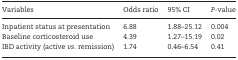
| Variables | Odds ratio | 95% CI | P-value |
 | --- | --- | --- | --- |
 | Inpatient status at presentation | 6.88 | 1.88–25.12 | 0.004 |
 | Baseline corticosteroid use | 4.39 | 1.27–15.19 | 0.02 |
 | IBD activity (active vs. remission) | 1.74 | 0.46–6.54 | 0.41 |